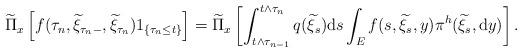
LaTeX: \begin{align*}\widetilde{\Pi}_{x}\left[f(\tau_{n},\widetilde{\xi}_{\tau_{n}-},\widetilde{\xi}_{\tau_{n}})1_{\{\tau_{n}\le t\}}\right]=\widetilde{\Pi}_{x}\left[\int_{t\wedge \tau_{n-1}}^{t\wedge \tau_{n}}q(\widetilde{\xi}_{s}){\rm d}s\int_{E}f(s,\widetilde{\xi}_{s},y)\pi^{h}(\widetilde{\xi}_{s},{\rm d}y)\right].\end{align*}